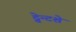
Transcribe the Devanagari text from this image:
ट्वेन्टशे